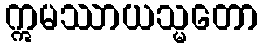
ဣမဿာယသ္မတော